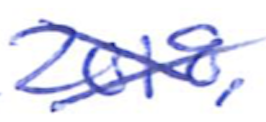
Text: 2018,
Cross-out: cross
Writing tool: ballpoint